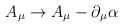
\begin{align*}A_{\mu} \rightarrow A_{\mu} - \partial_{\mu} \alpha\end{align*}